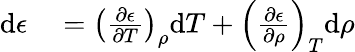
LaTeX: \begin{array}{rl}{\mathrm{d}\epsilon}&{{}=\left(\frac{\partial\epsilon}{\partial T}\right)_{\rho}\mathrm{d}T+\left(\frac{\partial\epsilon}{\partial\rho}\right)_{T}\mathrm{d}\rho}\end{array}